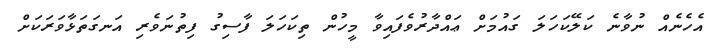
އެހެނެއް ނުވާނެ ކަލޭކަހަލަ ގައުމަށް ޢައްދާރުވެފައިވާ މީހުން ތިކަހަލަ ފާސިގު ފިތުނަވެރި އަނގަތަޅާވަރަކަށް